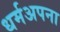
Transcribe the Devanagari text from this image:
धर्मअपना